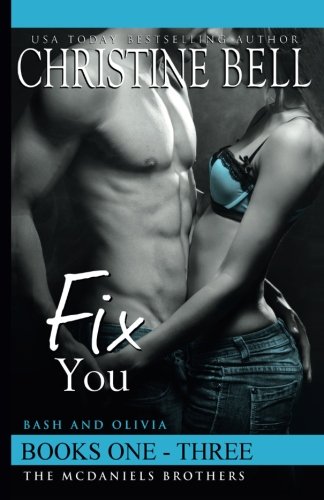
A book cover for Fix You, Books 1-3, The Complete Box Set: Bash and Olivia's Story; Christine Bell; Romance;